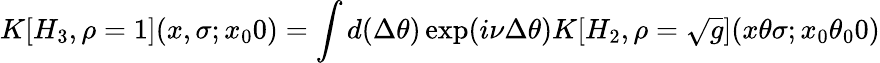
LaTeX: K[H_{3},\rho=1](x,\sigma;x_{0}0)=\int d(\Delta\theta)\exp(i\nu\Delta\theta)K[H_{2},\rho=\sqrt{g}](x\theta\sigma;x_{0}\theta_{0}0)